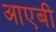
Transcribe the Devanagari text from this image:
आएबी